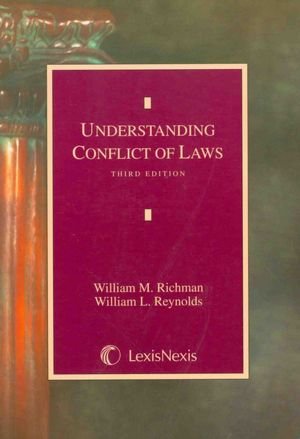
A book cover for Understanding Conflict of Laws; William M. Richman; Law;